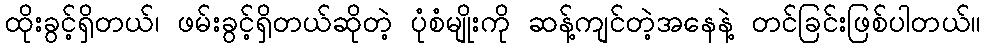
ထိုးခွင့်ရှိတယ်၊ ဖမ်းခွင့်ရှိတယ်ဆိုတဲ့ ပုံစံမျိုးကို ဆန့်ကျင်တဲ့အနေနဲ့ တင်ခြင်းဖြစ်ပါတယ်။